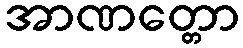
အာဏတ္တော